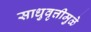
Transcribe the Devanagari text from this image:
साधुवृत्तीमुळे